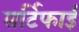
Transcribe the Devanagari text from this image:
सर्टिफाई